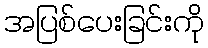
အပြစ်ပေးခြင်းကို